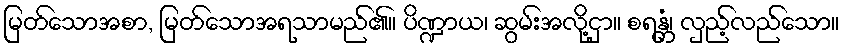
မြတ်သောအစာ, မြတ်သောအရသာမည်၏။ ပိဏ္ဍာယ၊ ဆွမ်းအလို့ငှာ။ စရန္တံ၊ လှည့်လည်သော။